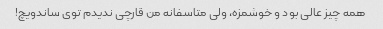
همه چیز عالی بود و خوشمزه، ولی متاسفانه من قارچی ندیدم توی ساندویچ!